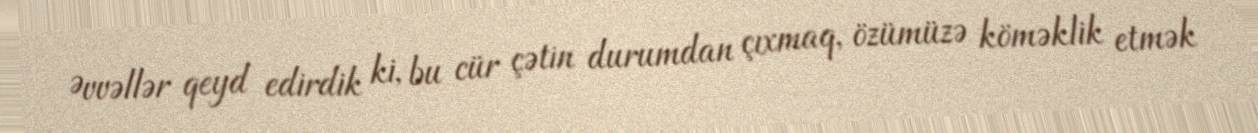
Əvvəllər qeyd edirdik ki, bu cür çətin durumdan çıxmaq, özümüzə köməklik etmək